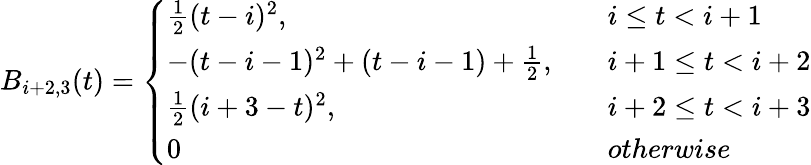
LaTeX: B_{i+2,3}(t)=\left\{ \begin{array}{ll}{\frac{1}{2}(t-i)^{2},\quad}&{i\leq t<i+1}\\ {-(t-i-1)^{2}+(t-i-1)+\frac{1}{2},\quad}&{i+1\leq t<i+2}\\ {\frac{1}{2}(i+3-t)^{2},\quad}&{i+2\leq t<i+3}\\ {0\quad}&{otherwise}\end{array}\right.